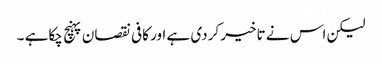
لیکن اس نے تاخیر کردی ہے اور کافی نقصان پہنچ چکاہے ۔